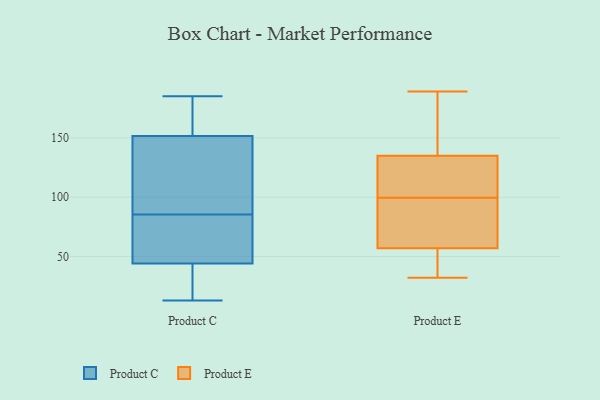
{"axis": {"x": "Website Visitors", "y": "Value"}, "legend": ["Product C", "Product E"], "data": [{"x": "", "y": 112, "type": "Product C"}, {"x": "", "y": 73, "type": "Product C"}, {"x": "", "y": 13, "type": "Product C"}, {"x": "", "y": 78, "type": "Product C"}, {"x": "", "y": 158, "type": "Product C"}, {"x": "", "y": 151, "type": "Product C"}, {"x": "", "y": 20, "type": "Product C"}, {"x": "", "y": 152, "type": "Product C"}, {"x": "", "y": 185, "type": "Product C"}, {"x": "", "y": 111, "type": "Product C"}, {"x": "", "y": 180, "type": "Product C"}, {"x": "", "y": 53, "type": "Product C"}, {"x": "", "y": 77, "type": "Product C"}, {"x": "", "y": 35, "type": "Product C"}, {"x": "", "y": 93, "type": "Product C"}, {"x": "", "y": 34, "type": "Product C"}, {"x": "", "y": 34, "type": "Product E"}, {"x": "", "y": 112, "type": "Product E"}, {"x": "", "y": 36, "type": "Product E"}, {"x": "", "y": 131, "type": "Product E"}, {"x": "", "y": 135, "type": "Product E"}, {"x": "", "y": 163, "type": "Product E"}, {"x": "", "y": 83, "type": "Product E"}, {"x": "", "y": 102, "type": "Product E"}, {"x": "", "y": 125, "type": "Product E"}, {"x": "", "y": 97, "type": "Product E"}, {"x": "", "y": 32, "type": "Product E"}, {"x": "", "y": 183, "type": "Product E"}, {"x": "", "y": 189, "type": "Product E"}, {"x": "", "y": 60, "type": "Product E"}, {"x": "", "y": 90, "type": "Product E"}, {"x": "", "y": 135, "type": "Product E"}, {"x": "", "y": 54, "type": "Product E"}, {"x": "", "y": 182, "type": "Product E"}, {"x": "", "y": 81, "type": "Product E"}, {"x": "", "y": 39, "type": "Product E"}]}